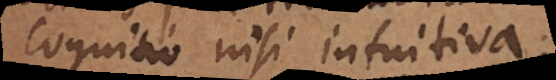
cognitio, quam intuitiv